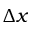
\Delta x